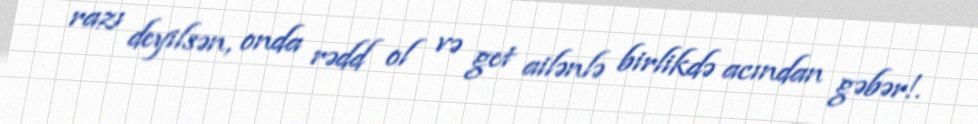
razı deyilsən, onda rədd ol və get ailənlə birlikdə acından gəbər!.